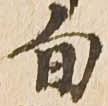
旬